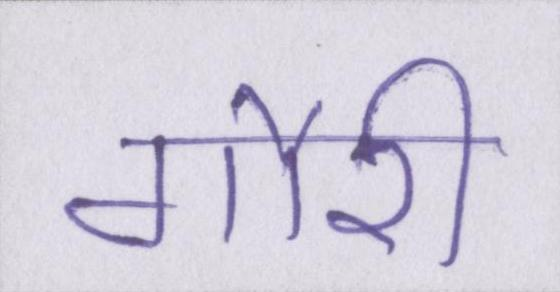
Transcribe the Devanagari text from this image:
गौरी